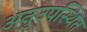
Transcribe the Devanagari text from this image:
अनुउपस्थित